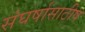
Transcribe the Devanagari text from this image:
संघर्षासाठीष